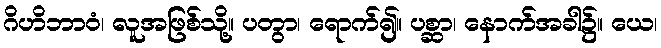
ဂိဟိဘာဝံ၊ လူအဖြစ်သို့။ ပတွာ၊ ရောက်၍။ ပစ္ဆာ၊ နောက်အခါ၌။ ယေ၊